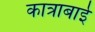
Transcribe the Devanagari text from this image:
कात्राबाई